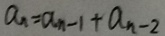
a _ { n } = a _ { n - 1 } + a _ { n - 2 }